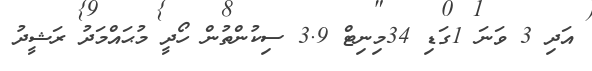
އަދި 3 ވަނަ 1ގަޑި 34މިނިޓް 3.9 ސިކުންތުން ހޯދީ މުޙައްމަދު ރަޝީދު